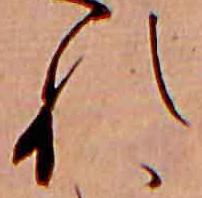
れ